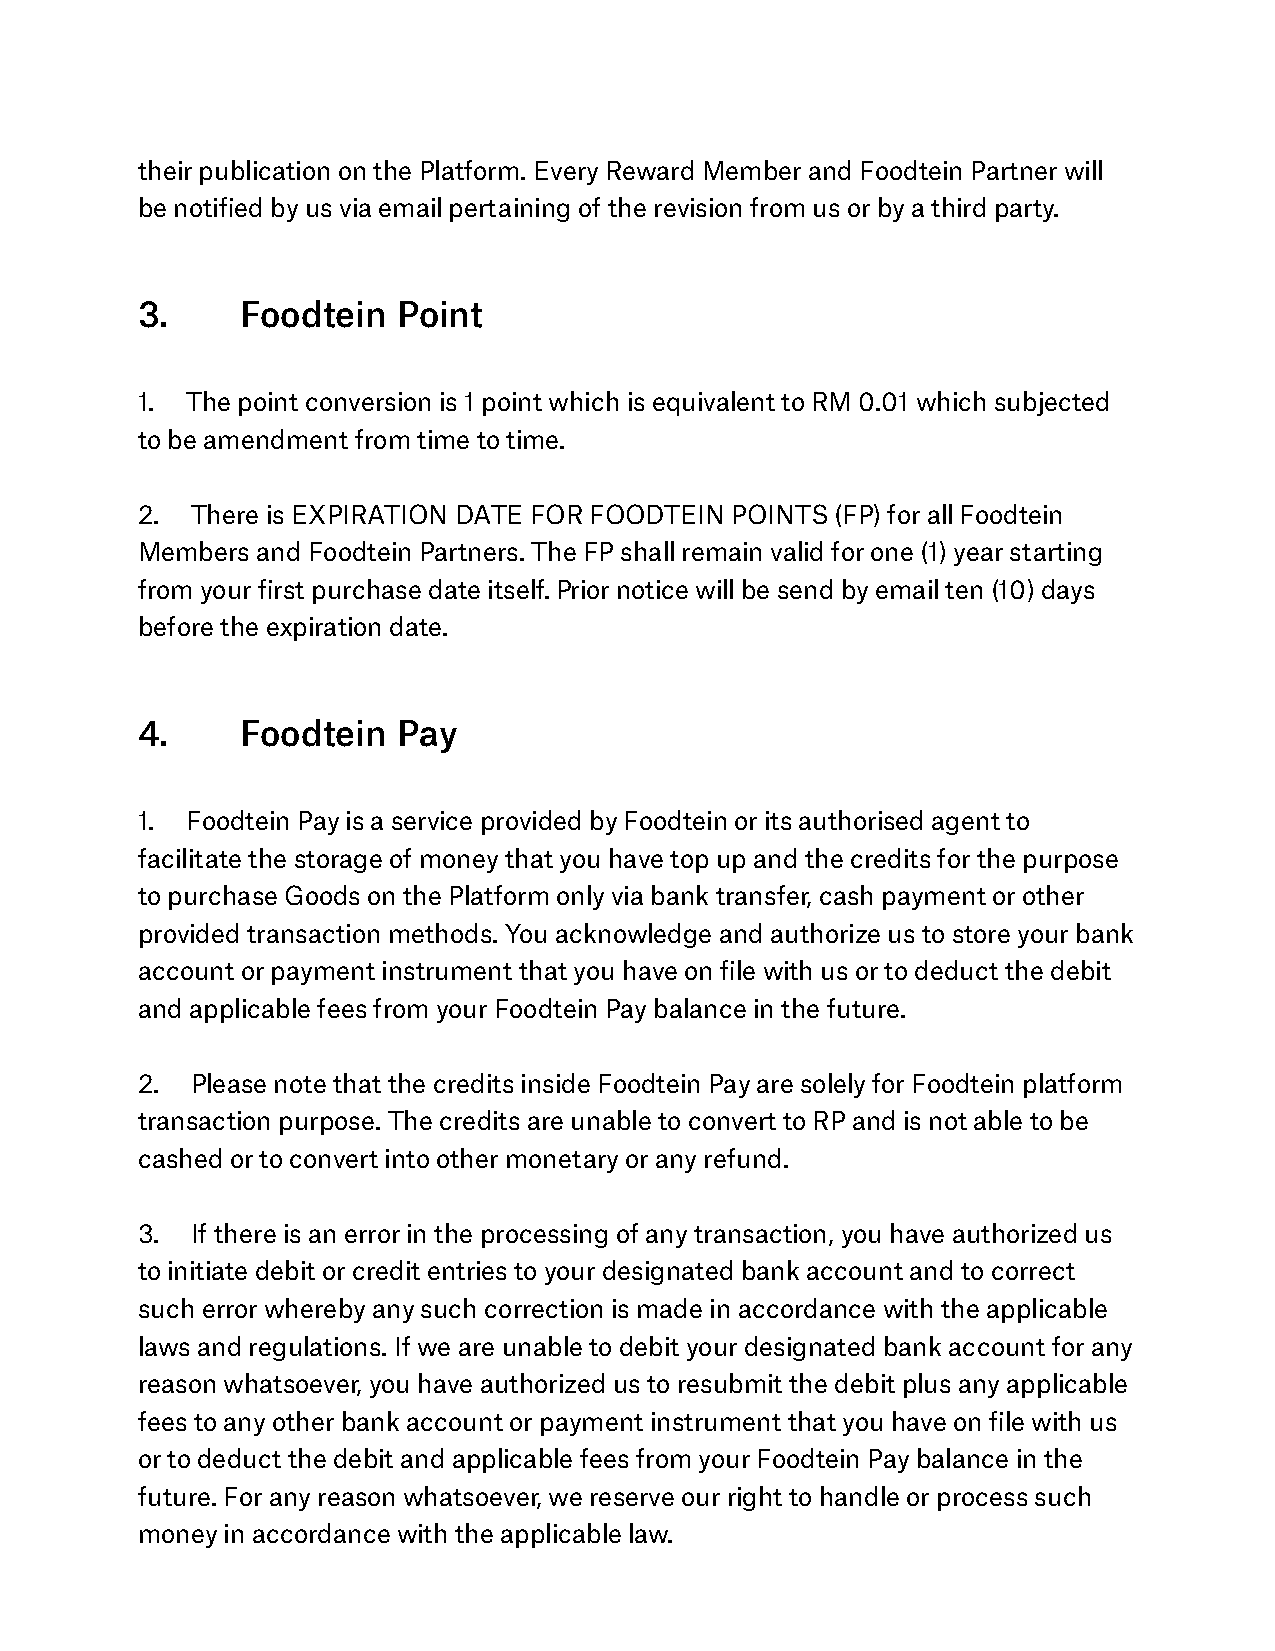
their publication on the Platform. Every Reward Member and Foodtein Partner will
 be notified by us via email pertaining of the revision from us or by a third party.
 3.     Foodtein  Point
 1. The point conversion is 1 point which is equivalent to RM 0.01 which subjected
 to be amendment from time to time.
 2.  There is EXPIRATION DATE FOR FOODTEIN POINTS (FP) for all Foodtein
 Members and Foodtein Partners. The FP shall remain valid for one (1) year starting
 from your first purchase date itself. Prior notice will be send by email ten (10) days
 before the expiration date.
 4.     Foodtein  Pay
 1. Foodtein Pay is a service provided by Foodtein or its authorised agent to
 facilitate the storage of money that you have top up and the credits for the purpose
 to purchase Goods on the Platform only via bank transfer, cash payment or other
 provided transaction methods. You acknowledge and authorize us to store your bank
 account or payment instrument that you have on file with us or to deduct the debit
 and applicable fees from your Foodtein Pay balance in the future.
 2.  Please note that the credits inside Foodtein Pay are solely for Foodtein platform
 transaction purpose. The credits are unable to convert to RP and is not able to be
 cashed or to convert into other monetary or any refund.
 3.  If there is an error in the processing of any transaction, you have authorized us
 to initiate debit or credit entries to your designated bank account and to correct
 such error whereby any such correction is made in accordance with the applicable
 laws and regulations. If we are unable to debit your designated bank account for any
 reason whatsoever, you have authorized us to resubmit the debit plus any applicable
 fees to any other bank account or payment instrument that you have on file with us
 or to deduct the debit and applicable fees from your Foodtein Pay balance in the
 future. For any reason whatsoever, we reserve our right to handle or process such
 money in accordance with the applicable law.